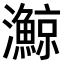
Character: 𪸉